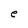
Character: e